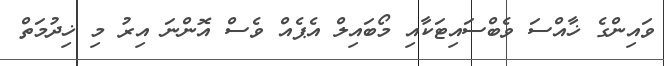
ވައިންގެ ޚާއްސަ ވެބްސައިޓަކާއި މޯބައިލް އެޕެއް ވެސް އޮންނަ އިރު މި ޚިދުމަތް